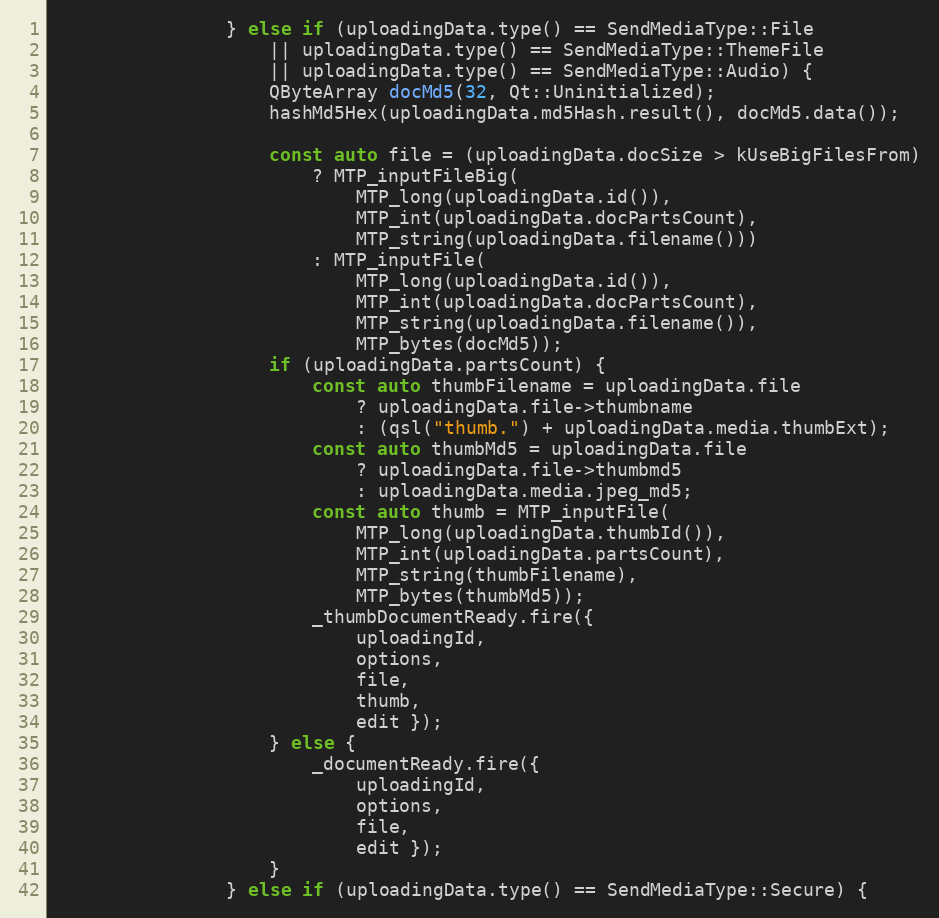
Language: C++
				} else if (uploadingData.type() == SendMediaType::File
					|| uploadingData.type() == SendMediaType::ThemeFile
					|| uploadingData.type() == SendMediaType::Audio) {
					QByteArray docMd5(32, Qt::Uninitialized);
					hashMd5Hex(uploadingData.md5Hash.result(), docMd5.data());

					const auto file = (uploadingData.docSize > kUseBigFilesFrom)
						? MTP_inputFileBig(
							MTP_long(uploadingData.id()),
							MTP_int(uploadingData.docPartsCount),
							MTP_string(uploadingData.filename()))
						: MTP_inputFile(
							MTP_long(uploadingData.id()),
							MTP_int(uploadingData.docPartsCount),
							MTP_string(uploadingData.filename()),
							MTP_bytes(docMd5));
					if (uploadingData.partsCount) {
						const auto thumbFilename = uploadingData.file
							? uploadingData.file->thumbname
							: (qsl("thumb.") + uploadingData.media.thumbExt);
						const auto thumbMd5 = uploadingData.file
							? uploadingData.file->thumbmd5
							: uploadingData.media.jpeg_md5;
						const auto thumb = MTP_inputFile(
							MTP_long(uploadingData.thumbId()),
							MTP_int(uploadingData.partsCount),
							MTP_string(thumbFilename),
							MTP_bytes(thumbMd5));
						_thumbDocumentReady.fire({
							uploadingId,
							options,
							file,
							thumb,
							edit });
					} else {
						_documentReady.fire({
							uploadingId,
							options,
							file,
							edit });
					}
				} else if (uploadingData.type() == SendMediaType::Secure) {